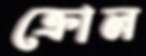
ক্রোল